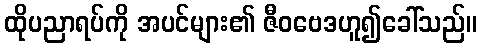
ထိုပညာရပ်ကို အပင်များ၏ ဇီဝဗေဒဟူ၍ခေါ်သည်။